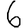
Digit: 6